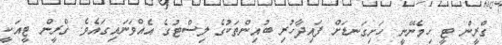
ގްރީން ޓީ ހިމެނޭނީ ހަށިގަނޑަށް ފައިދާހުރި ބުއިންތަކުގެ ލިސްޓުގެ އެއްވަނައިގައެވެ. ގްރީން ޓީއަކީ